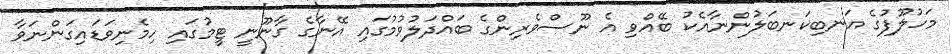
މަހުލޫފުގެ އަނބިކަނބަލުންނާއެކު ބޭއްވި އެ ނޫސްވެރިންގެ ބައްދަލުވުމުގައި އޭނާގެ ގާނޫނީ ޓީމުގައި ހިމެނިވަޑައިގަންނަވާ